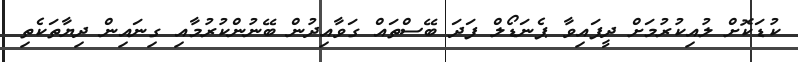
ކުޑަކޮށް ލުއިކުރުމަށް ދީފައިވާ ޕެނަޑޯލް ފަދަ ބޭސްތައް ގަވާއިދުން ބޭނުންކުރުމާއި ގިނައިން ދިޔާތަކެތި